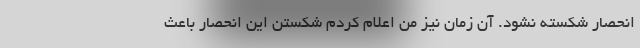
انحصار شکسته نشود. آن زمان نیز من اعلام کردم شکستن این انحصار باعث